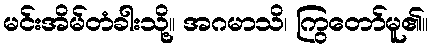
မင်းအိမ်တံခါးသို့။ အဂမာသိ၊ ကြွတော်မူ၏။